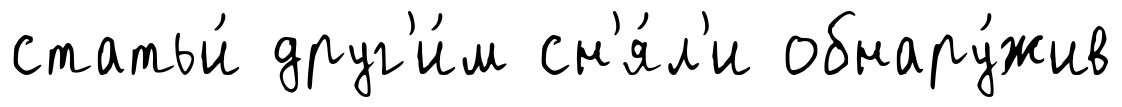
статьи́ друг'и́м сн'я́л'и обнару́жив